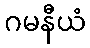
ဂမနီယံ